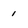
Character: 1